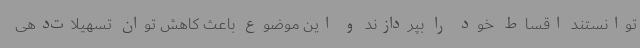
توانستند اقساط خود را بپردازند و این موضوع باعث کاهش توان تسهیلات‌دهی